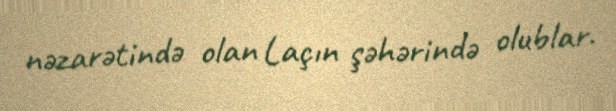
nəzarətində olan Laçın şəhərində olublar.